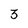
Character: 3